Annual report on the health of the army in India
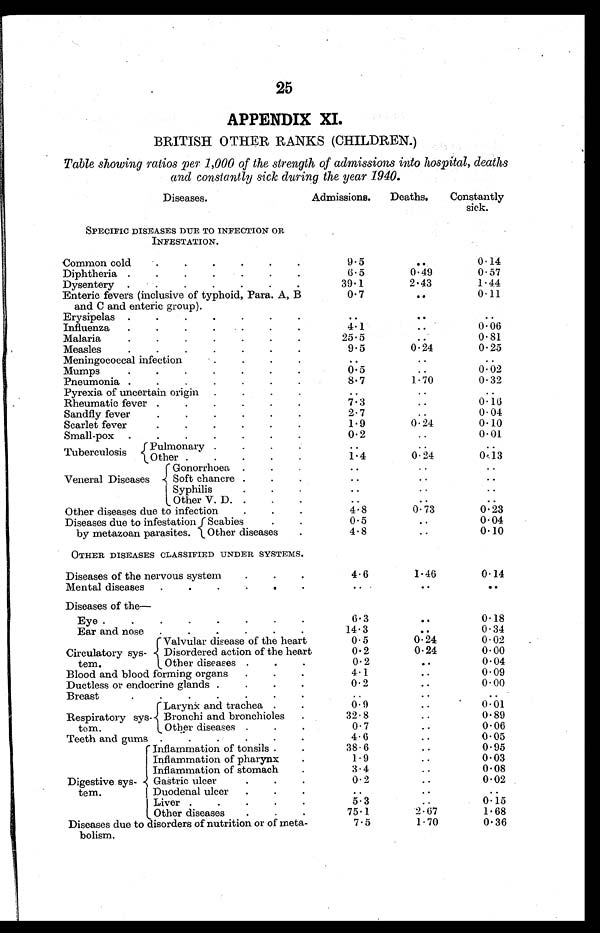
25
APPENDIX XI.
BRITISH 0 THER RANKS (CHILDREN.)
Table showing ratios per 1,000 of the strength of admissions into hospital, deaths
and constantly sick during the year 1940.
Diseases.
Admissions. Deaths.
Constantly
sick.
SPECIFIC DISEASES DUE TO INFECTION OR
INFESTATION.
Common cold
. . . . . .
9.5
..
0.14
Diphtheria . . . .
6.5
0.49
0.57
Dysentery . . . . . . .
39.1
2.43
1.44
Enteric fevers (inclusive of typhoid, Para. A, B
and C and enteric group).
0.7
..
0.11
Erysipelas . . . . . . .
..
..
..
Influenza . . . . .
4.1
..
0.06
Malaria.
. . . . . .
25.5
..
0.81
Measles. . .
9.5
0.24
0.25
Meningococcal infection
. .
. .
. .
. .
Mumps.
. . . . . .
0.5
..
0.02
Pneumonia . . . . . . .
8.7
1.70
0.32
Pyrexia of uncertain origin . . .
..
..
..
Rheumatic fever . . . . . .
7.3
..
0.16
Sandfly fever.
. . . . .
2 . 7
..
0 . 0 4
Scarlet fever
1.9
0.24
0.10
Small.pox . . . . . . .
0.2
..
0.01
Tuberculosis
Pulmonary . . . .
..
..
..
Other . . . . .
1.4
0.24
0.13
Veneral Diseases
Gonorrhoea . . .
..
..
..
Soft chancre . . .
..
..
..
Syphilis.
. .
..
..
..
Other V. D. . . .
. .
. .
. .
Other diseases due to infection
. . .
4.8
0.73
0.23
Diseases due to infestation
by metazoan parasites.
Scabies
0.5
..
0.04
Other diseases
.
4.8
..
0.10
OTHER DISEASES CLASSIFIED UNDER SYSTEMS.
Diseases of the nervous system
. . .
4.6
1.46
0.14
Mental diseases . . . . .
..
..
. .
Diseases of the
Eye . . . . . . . .
6.3
..
0.18
Ear and nose . . . . . .
14.3
. .
0.34
Circulatory sys
tem.
Valvular disease of the heart
0.5
0.24
0.02
Disordered action of the heart
0.2
0.24
0.00
Other diseases . . .
0.2
..
0.04
Blood and blood forming organs . . .
4.1
..
0.09
Ductless or endocrine glands . . . .
0.2 ..
0.00
Breast
. . . . . . .
. .
..
. .
Respiratory sys
tem.
Larynx and trachea . .
0.9
..
0. 01
Bronchi and bronchioles .
32.8
..
0.89
Other diseases . . .
0.7
..
0.06
Teeth and gums . . . . . .
4.6 ..
0.05
Digestive sys
tem.
Inflammation of tonsils . .
38.6
..
0.95
Inflammation of pharynx
.
1.9 ..
0.03
Inflammation of stomach
.
3.4
..
0.08
Gastric ulcer.
. .
0. 2
..
0.02
Duodenal ulcer . . .
..
..
. .
Liver . . . . .
5.3 ..
0.15
Other diseases
. . .
75.1
2.67
1.68
Diseases due to disorders of nutrition or of meta
bolism.
7.5
1.70
0.36